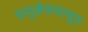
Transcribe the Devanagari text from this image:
वायुक्षेत्रापासून